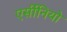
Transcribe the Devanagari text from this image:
एर्सीनियो